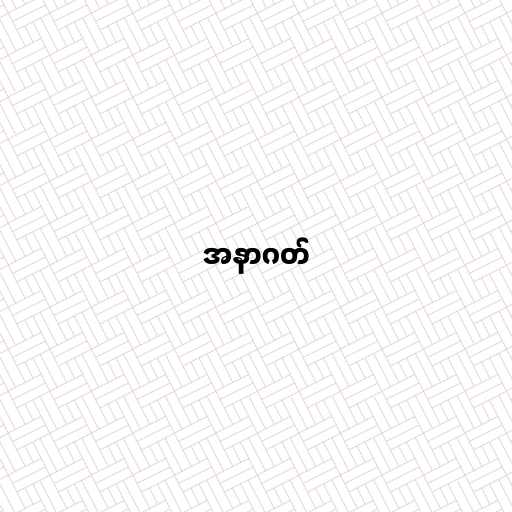
အနာဂတ်